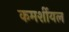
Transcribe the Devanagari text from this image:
कमर्शीयल